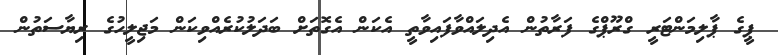
ޕީގެ ޕާލިމަންޓަރީ ގްރޫޕްގެ ފަރާތުން އެދިލައްވާފައިވާތީ އެކަން އެގޮތަށް ބަދަލުކުރެއްވިކަން މަޖިލީހުގެ ރިޔާސަތުން